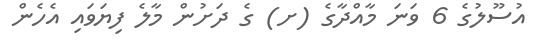
އުސޫލުގެ 6 ވަނަ މާއްދާގެ (ށ) ގެ ދަށުން މާލެ ފިޔަވައި އެހެން